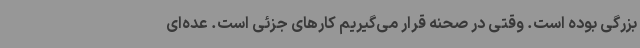
بزرگی بوده است. وقتی در صحنه قرار می‌گیریم کارهای جزئی است. عده‌ای